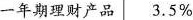
一年期理财产品 3.5\%